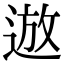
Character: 䢟